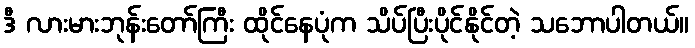
ဒီ လားမားဘုန်းတော်ကြီး ထိုင်နေပုံက သိပ်ပြီးပိုင်နိုင်တဲ့ သဘောပါတယ်။